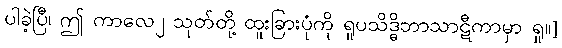
ပါခဲ့ပြီ၊ ဤ ကာလေ၂ သုတ်တို့ ထူးခြားပုံကို ရူပသိဒ္ဓိဘာသာဋီကာမှာ ရှု။]